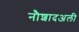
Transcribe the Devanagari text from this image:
नौशादअली